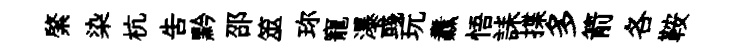
綮染杭吿黔邵筮珎寵瀑彧玩纛悟誄揲多箭各鞍